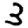
Digit: 3